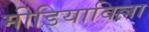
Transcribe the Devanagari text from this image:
मीडियाविल्ला